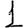
Digit: 1